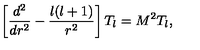
\left[ { \frac { d ^ { 2 } } { d r ^ { 2 } } } - { \frac { l ( l + 1 ) } { r ^ { 2 } } } \right] T _ { l } = M ^ { 2 } T _ { l } ,